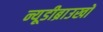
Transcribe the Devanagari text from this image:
न्यूडीब्राउखों